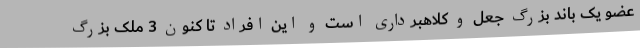
عضو یک باند بزرگ جعل و کلاهبرداری است و این افراد تا کنون 3 ملک بزرگ